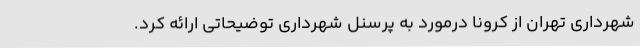
شهرداری تهران از کرونا درمورد به پرسنل شهرداری توضیحاتی ارائه کرد.